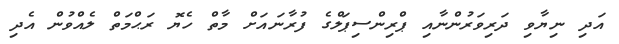
އަދި ނިޔާވި ދަރިވަރުންނާއި ޕްރިންސިޕަލްގެ ފުރާނައަށް މާތް ހެޔޮ ރަޙްމަތް ލެއްވުން އެދި